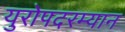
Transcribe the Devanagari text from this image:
युरोपदरम्यान